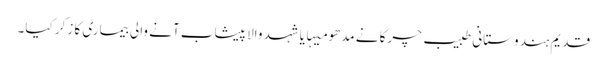
قدیم ہندوستانی طبیب چرکا نے مدھو میہا یا شہد والا پیشاب آنے والی بیماری کا زکر کیا۔